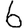
Digit: 6